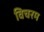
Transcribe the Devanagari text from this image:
विचरम